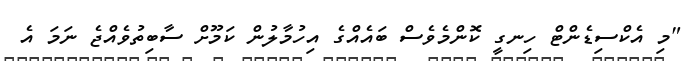
"މި އެކްސިޑެންޓް ހިނގީ ކޮންމެވެސް ބައެއްގެ އިހުމާލުން ކަމޫށް ސާބިތުވެއްޖެ ނަމަ އެ